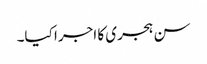
سن ہجری کا اجرا کیا۔